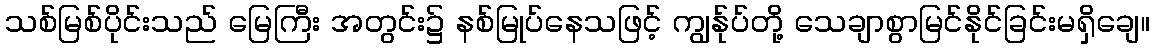
သစ်မြစ်ပိုင်းသည် မြေကြီး အတွင်း၌ နစ်မြုပ်နေသဖြင့် ကျွန်ုပ်တို့ သေချာစွာမြင်နိုင်ခြင်းမရှိချေ။